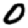
Digit: 0